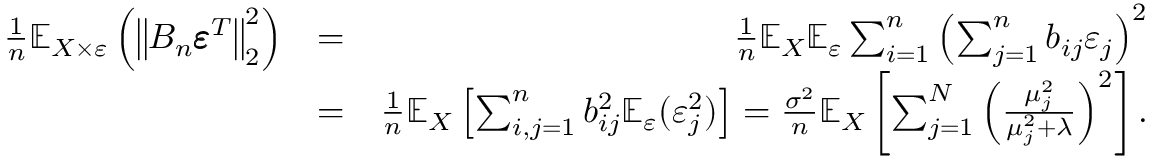
\begin{array} { r l r } { \frac { 1 } { n } \mathbb E _ { X \times \varepsilon } \left( \big \| B _ { n } \pmb { \varepsilon } ^ { T } \big \| _ { 2 } ^ { 2 } \right) } & { = } & { \frac { 1 } { n } \mathbb E _ { X } \mathbb E _ { \varepsilon } \sum _ { i = 1 } ^ { n } \left( \sum _ { j = 1 } ^ { n } b _ { i j } \varepsilon _ { j } \right) ^ { 2 } } \\ & { = } & { \frac { 1 } { n } \mathbb E _ { X } \left[ \sum _ { i , j = 1 } ^ { n } b _ { i j } ^ { 2 } \mathbb E _ { \varepsilon } ( \varepsilon _ { j } ^ { 2 } ) \right] = \frac { \sigma ^ { 2 } } { n } \mathbb E _ { X } \left[ \sum _ { j = 1 } ^ { N } \Big ( \frac { \mu _ { j } ^ { 2 } } { \mu _ { j } ^ { 2 } + \lambda } \Big ) ^ { 2 } \right] . } \end{array}